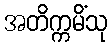
အတိက္ကမိံသု